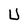
Character: U